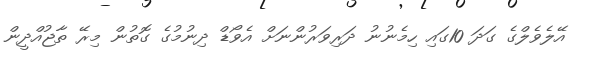
އޭލެވެލްގެ ގަދަ 10ގައި ހިމެނުނު ދަރިވަރުންނަށް އެވޯޑް ދިނުމުގެ ގޮތުން މިރޭ ތާޖުއްދީން